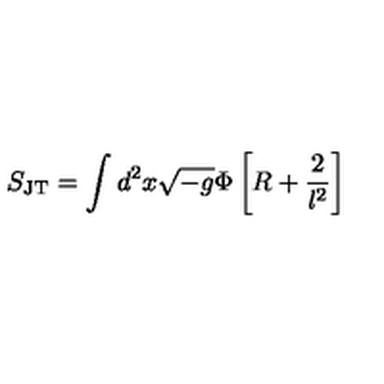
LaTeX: S _ { \mathrm { J T } } = \int d ^ { 2 } x \sqrt { - g } \Phi \left[ R + \frac { 2 } { l ^ { 2 } } \right]